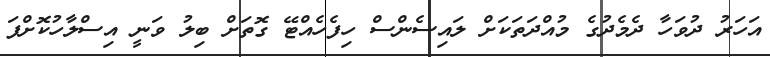
އަހަރު ދުވަހާ ދެމެދުގެ މުއްދަތަކަށް ލައިސެންސް ހިފެހެއްޓޭ ގޮތަށް ބިލު ވަނީ އިސްލާހުކޮށްފަ